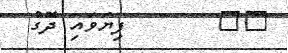
٨٦       ފިޔަވައި ދޮގު